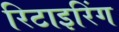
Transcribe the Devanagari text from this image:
रिटाइरिंग